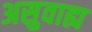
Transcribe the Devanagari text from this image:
असुवाह्य